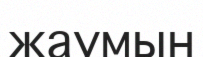
жаумын